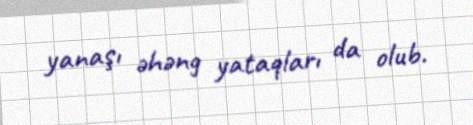
yanaşı əhəng yataqları da olub.